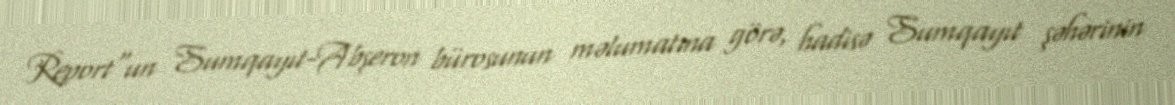
Report"un Sumqayıt-Abşeron bürosunun məlumatına görə, hadisə Sumqayıt şəhərinin